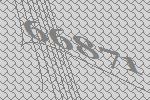
66871